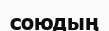
союдың